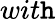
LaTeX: wit\mathtt{h}